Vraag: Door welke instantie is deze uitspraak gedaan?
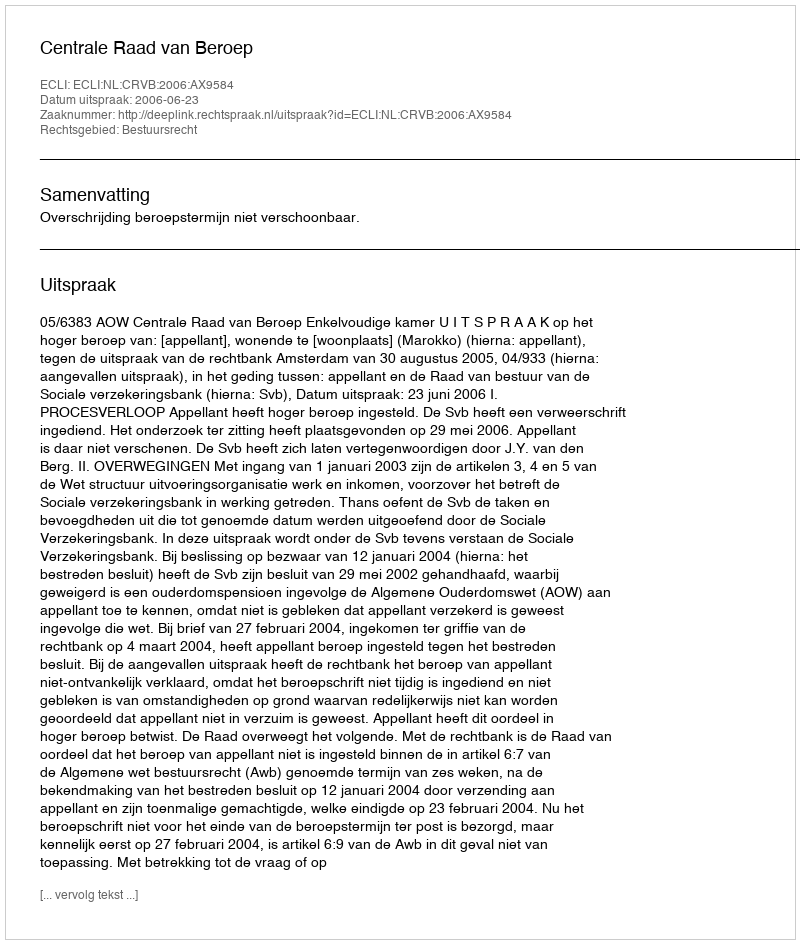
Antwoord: Centrale Raad van Beroep